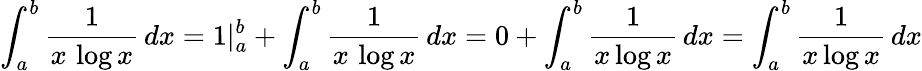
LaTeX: \int_{a}^{b}{\frac{1}{x\, \log x}}\, dx=1|_{a}^{b}+\int_{a}^{b}{\frac{1}{x\, \log x}}\, dx=0+\int_{a}^{b}{\frac{1}{x\log x}}\, dx=\int_{a}^{b}{\frac{1}{x\log x}}\, dx